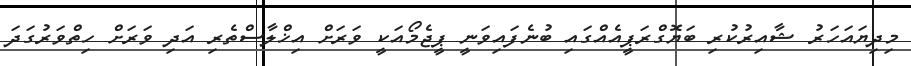
މިދިޔައަހަރު ޝާއިރުކުރި ބަޔޮގްރަޕީއެއްގައި ބުނެފައިވަނީ ޕީޖެމޯއަކީ ވަރަށް އިޚްލާސްތެރި އަދި ވަރަށް ހިތްވަރުގަދަ